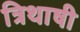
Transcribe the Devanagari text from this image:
त्रिथाषी